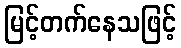
မြင့်တက်နေသဖြင့်